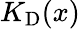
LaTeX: K_{\mathrm{D}}(x)